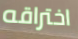
اختراقه